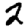
Digit: 2